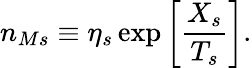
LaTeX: n_{Ms}\equiv\eta_{s}\exp\left[\frac{X_{s}}{T_{s}}\right].